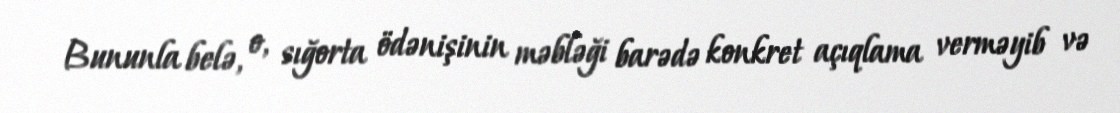
Bununla belə, o, sığorta ödənişinin məbləği barədə konkret açıqlama verməyib və